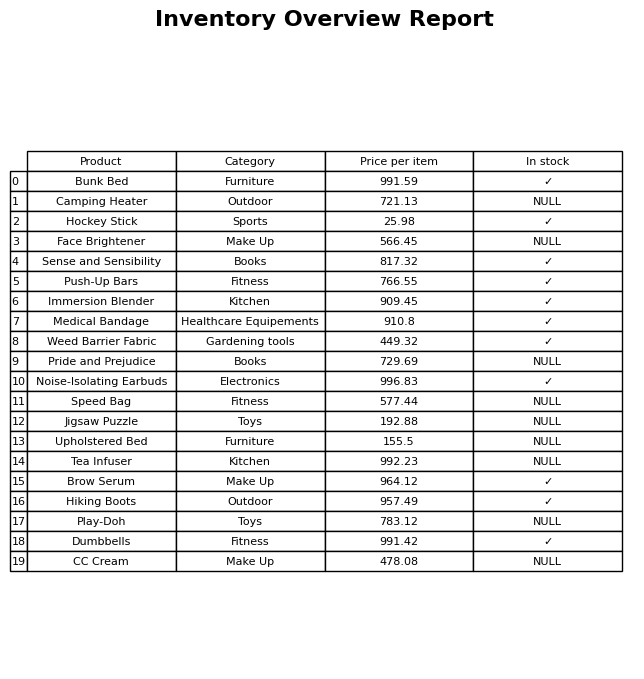
question: What is the price for Face Brightener?
answer: The price of Face Brightener is 566.45.